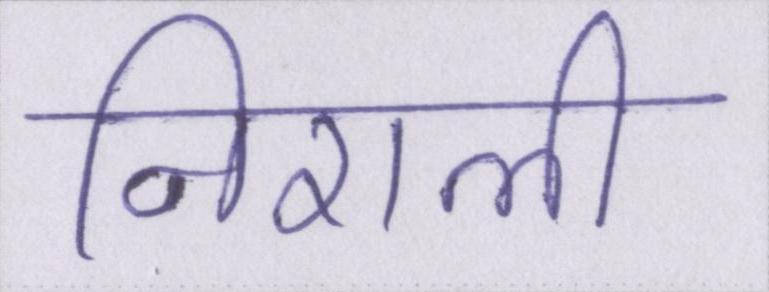
निराली